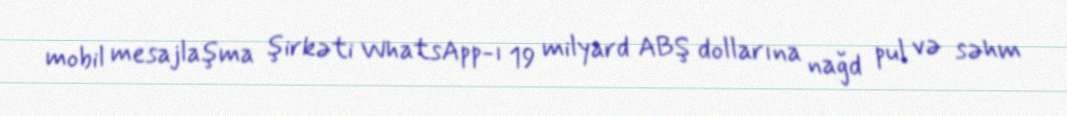
mobil mesajlaşma şirkəti WhatsApp-ı 19 milyard ABŞ dollarına nağd pul və səhm